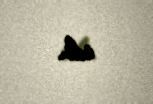
idi.